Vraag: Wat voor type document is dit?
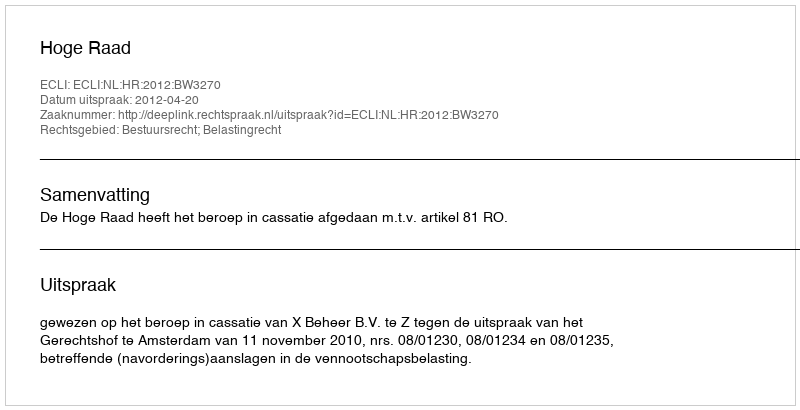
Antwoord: Uitspraak